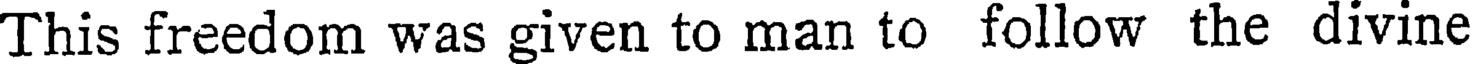
This freedom was given to man to follow the divine